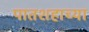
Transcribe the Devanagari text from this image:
पातशहाच्या